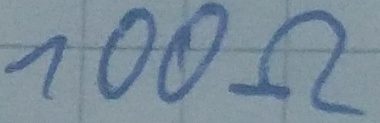
Text: 100Ω